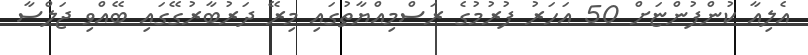
އެލިއާ ކުންފުންޏަށް 50 އަހަރު ފުރުމުގެ ރަސްމިއްޔާތުގައި މިރޭ ދަރުބާރުގޭގައި ބޭއްވި ޖަލްސާ